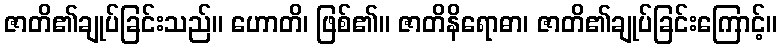
ဇာတိ၏ချုပ်ခြင်းသည်။ ဟောတိ၊ ဖြစ်၏။ ဇာတိနိရောဓာ၊ ဇာတိ၏ချုပ်ခြင်းကြောင့်။